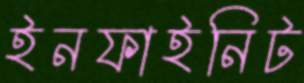
ইনফাইনিট